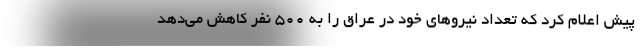
پیش اعلام کرد که تعداد نیروهای خود در عراق را به ۵۰۰ نفر کاهش می‌دهد